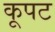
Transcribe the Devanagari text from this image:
कूपट